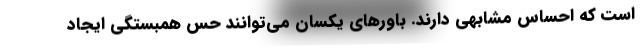
است که احساس مشابهی دارند. باورهای یکسان می‌توانند حس همبستگی ایجاد